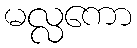
မလ္လကော